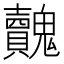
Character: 𩴺